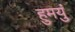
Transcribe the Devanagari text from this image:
हुमयुं